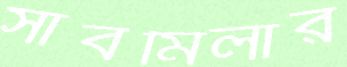
সাবমিলার